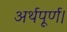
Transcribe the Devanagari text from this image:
अर्थपूर्ण।